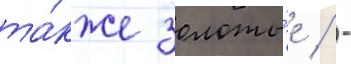
та́кже золоты́е / -